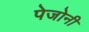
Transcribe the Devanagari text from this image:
पेजोनी